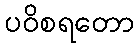
ပဝိစရတော